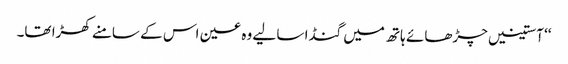
‘‘ آستینیں چڑھائے ہاتھ میں گنڈا سا لیے وہ عین اس کے سامنے کھڑا تھا۔